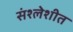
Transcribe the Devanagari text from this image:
संश्लेशीत